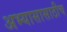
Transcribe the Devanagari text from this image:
अभ्यासासाठीच